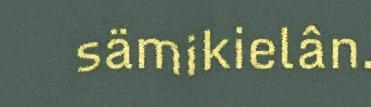
sämikielân.